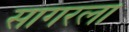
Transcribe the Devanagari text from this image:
सागरला